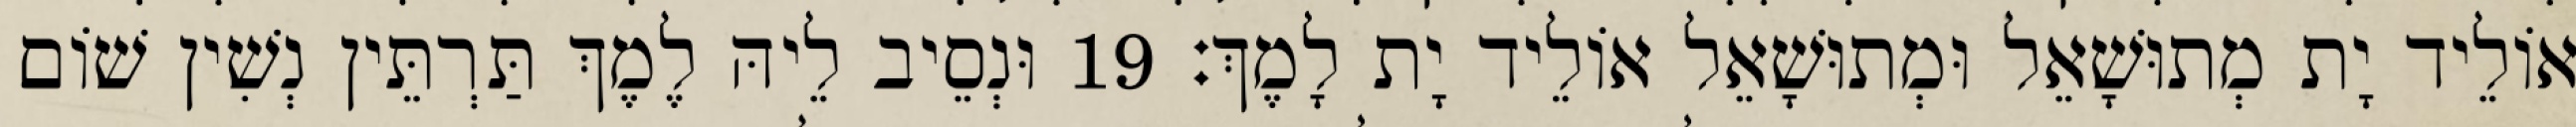
אוֹלֵיד יָת מְתוּשָׁאֵל וּמְתוּשָׁאֵל אוֹלֵיד יָת לָמֶךְ׃ 19 וּנְסֵיב לֵיהּ לֶמֶךְ תַּרְתֵּין נְשִׁין שׁוֹם